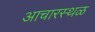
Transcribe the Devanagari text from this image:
आचारस्थळ